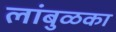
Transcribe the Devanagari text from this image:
लांबुळका